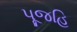
પૂજહિ